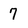
Character: 7